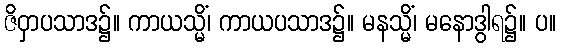
ဇိဝှာပသာဒ၌။ ကာယသ္မိံ၊ ကာယပသာဒ၌။ မနသ္မိံ၊ မနောဒွါရ၌။ ပ။